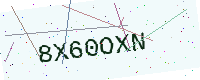
Text: 8X60OXN